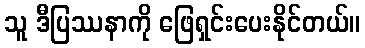
သူ ဒီပြဿနာကို ဖြေရှင်းပေးနိုင်တယ်။